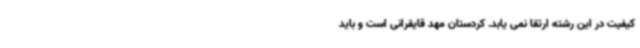
کیفیت در این رشته ارتقا نمی یابد. کردستان مهد قایقرانی است و باید